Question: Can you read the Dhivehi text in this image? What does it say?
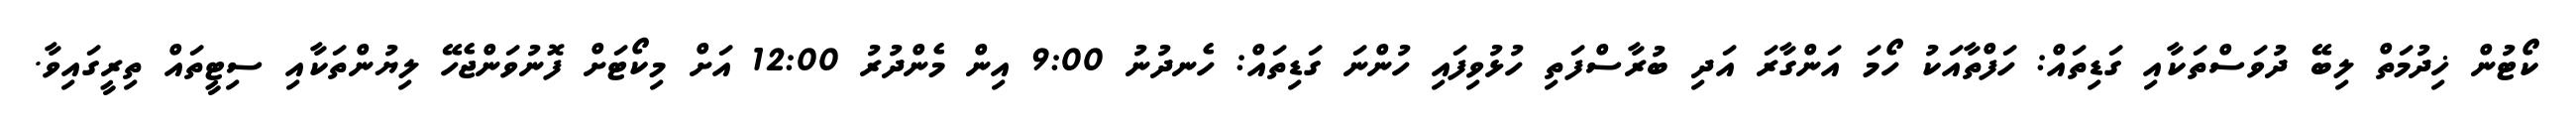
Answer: ކޯޓުން ޚިދުމަތް ލިބޭ ދުވަސްތަކާއި ގަޑިތައް: ހަފްތާއަކު ހޯމަ އަންގާރަ އަދި ބުރާސްފަތި ހުޅުވިފައި ހުންނަ ގަޑިތައް: ހެނދުނު 9:00 އިން މެންދުރު 12:00 އަށް މިކޯޓަށް ފޮނުވަންޖެހޭ ލިޔުންތަކާއި ސިޓީތައް ތިރީގައިވާ.